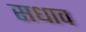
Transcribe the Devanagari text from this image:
सधाव